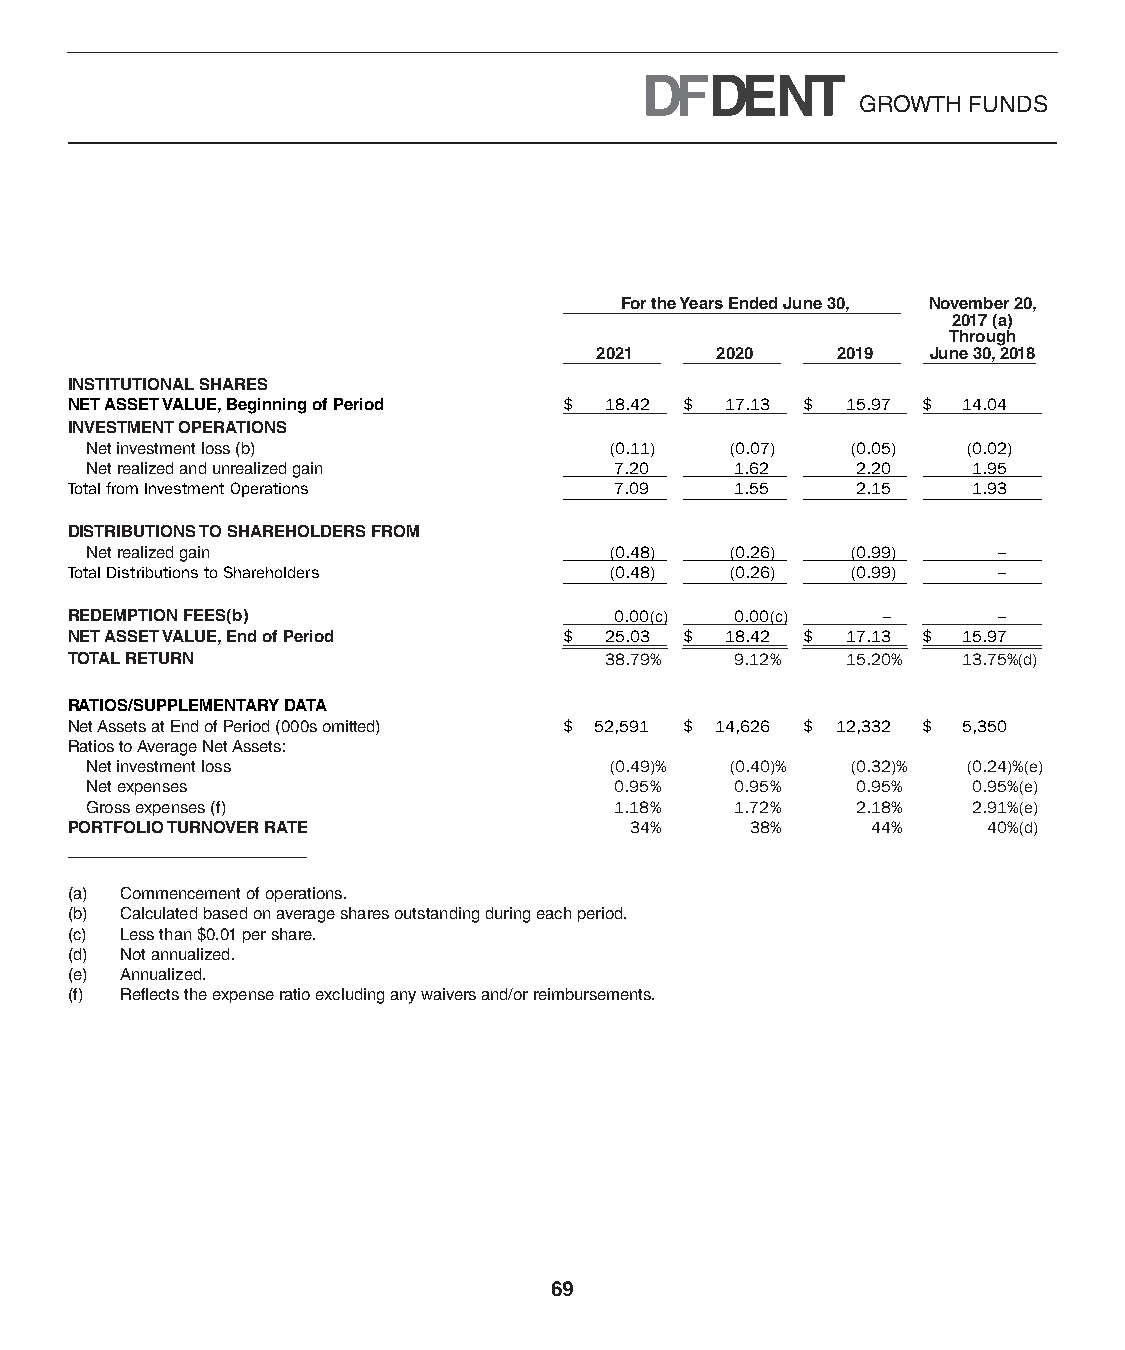
GROWTH FUNDS
 For the Years Ended June 30, November 20,
 2017 (a)
 Through
 2021    2020    2019   June 30, 2018
 INSTITUTIONAL SHARES
 NET ASSET VALUE, Beginning of Period $ 18.42 $ 17.13 $ 15.97 $ 14.04
 INVESTMENT OPERATIONS
 Net investment loss (b)           (0.11 ) (0.07 ) (0.05 ) (0.02 )
 Net realized and unrealized gain   7.20    1.62    2.20   1.95
 Total from Investment Operations     7.09    1.55    2.15   1.93
 DISTRIBUTIONS TO SHAREHOLDERS FROM
 Net realized gain                 (0.48 ) (0.26 ) (0.99 )   –
 Total Distributions to Shareholders (0.48 ) (0.26 ) (0.99 )   –
 REDEMPTION FEES(b)                   0.00 (c) 0.00 (c) –      –
 NET ASSET VALUE, End of Period   $  25.03 $ 18.42 $ 17.13 $ 15.97
 TOTAL RETURN                        38.79 %  9.12 % 15.20 % 13.75 %(d)
 RATIOS/SUPPLEMENTARY DATA
 Net Assets at End of Period (000s omitted) $ 52,591 $ 14,626 $ 12,332 $ 5,350
 Ratios to Average Net Assets:
 Net investment loss               (0.49 )% (0.40 )% (0.32 )% (0.24 )%(e)
 Net expenses                       0.95 %  0.95 %  0.95 % 0.95 %(e)
 Gross expenses (f)                 1.18 %  1.72 %  2.18 % 2.91 %(e)
 PORTFOLIO TURNOVER RATE               34 %    38 %    44 %   40 %(d)
 (a) Commencement of operations.
 (b) Calculated based on average shares outstanding during each period.
 (c) Less than $0.01 per share.
 (d) Not annualized.
 (e) Annualized.
 (f) Reflects the expense ratio excluding any waivers and/or reimbursements.
 69